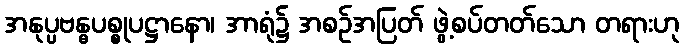
အနုပ္ပဗန္ဓပစ္စုပဋ္ဌာနော၊ အာရုံ၌ အစဉ်အပြတ် ဖွဲ့စပ်တတ်သော တရားဟု